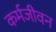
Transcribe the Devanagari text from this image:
कर्मजीवन